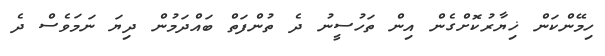
ހިމޭންކަން ޚިޔާރުކޮށްގެން އިން ތަހުސީނު ދެ ތުންފަތް ބައްދަމުން ދިޔަ ނަމަވެސް ދެ